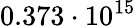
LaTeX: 0.373\cdot 10^{15}